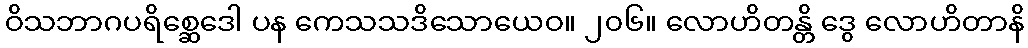
ဝိသဘာဂပရိစ္ဆေဒေါ ပန ကေသသဒိသောယေဝ။ ၂၀၆။ လောဟိတန္တိ ဒွေ လောဟိတာနိ